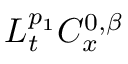
L _ { t } ^ { p _ { 1 } } C _ { x } ^ { 0 , \beta }